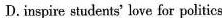
D.inspire students' love for politics